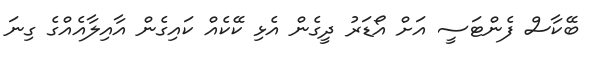
ބޭކާސް ފެންޓަސީ އަށް އޯޑަރު ދީގެން އެޅި ކޭކެއް ކައިގެން އާއިލާއެއްގެ ގިނަ